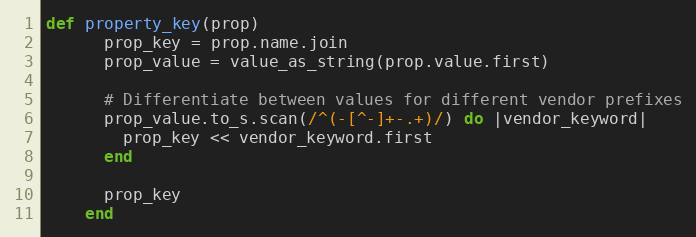
Language: Ruby
def property_key(prop)
      prop_key = prop.name.join
      prop_value = value_as_string(prop.value.first)

      # Differentiate between values for different vendor prefixes
      prop_value.to_s.scan(/^(-[^-]+-.+)/) do |vendor_keyword|
        prop_key << vendor_keyword.first
      end

      prop_key
    end